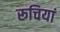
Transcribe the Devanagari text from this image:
रूचियां